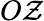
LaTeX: O\mathcal{Z}